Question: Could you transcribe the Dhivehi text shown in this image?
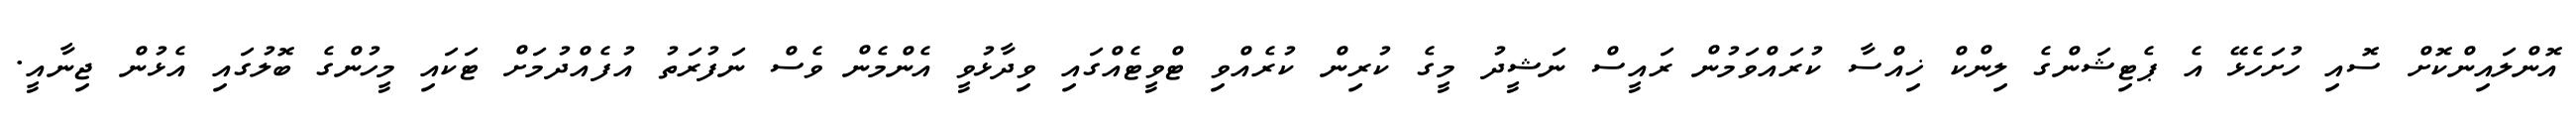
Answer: އޮންލައިންކޮށް ސޮއި ހުށަހެޅޭ އެ ޕެޓިޝަންގެ ލިންކް ޚިއްސާ ކުރައްވަމުން ރައީސް ނަޝީދު މީގެ ކުރިން ކުރެއްވި ޓްވީޓެއްގައި ވިދާޅުވީ އެންމެން ވެސް ނަފުރަތު އުފެއްދުމަށް ޓަކައި މީހުންގެ ބޮލުގައި އެޅުން ޖިނާއީ.